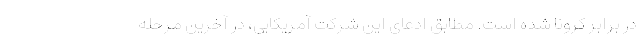
در برابر کرونا شده است. مطابق ادعای این شرکت آمریکایی، در آخرین مرحله